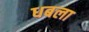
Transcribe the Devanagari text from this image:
धबला